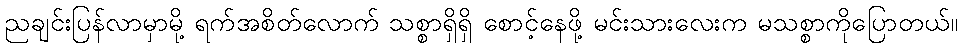
ညချင်းပြန်လာမှာမို့ ရက်အစိတ်လောက် သစ္စာရှိရှိ စောင့်နေဖို့ မင်းသားလေးက မသစ္စာကိုပြောတယ်။